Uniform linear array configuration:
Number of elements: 8
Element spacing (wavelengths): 0.5
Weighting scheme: uniform
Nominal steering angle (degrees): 15
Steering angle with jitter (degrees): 14.856
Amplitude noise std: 0.05
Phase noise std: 0.05

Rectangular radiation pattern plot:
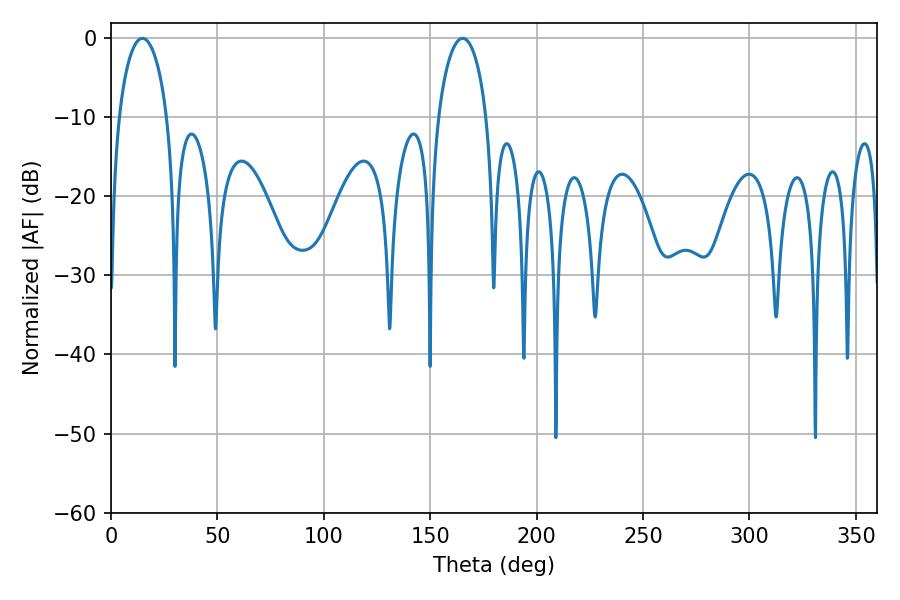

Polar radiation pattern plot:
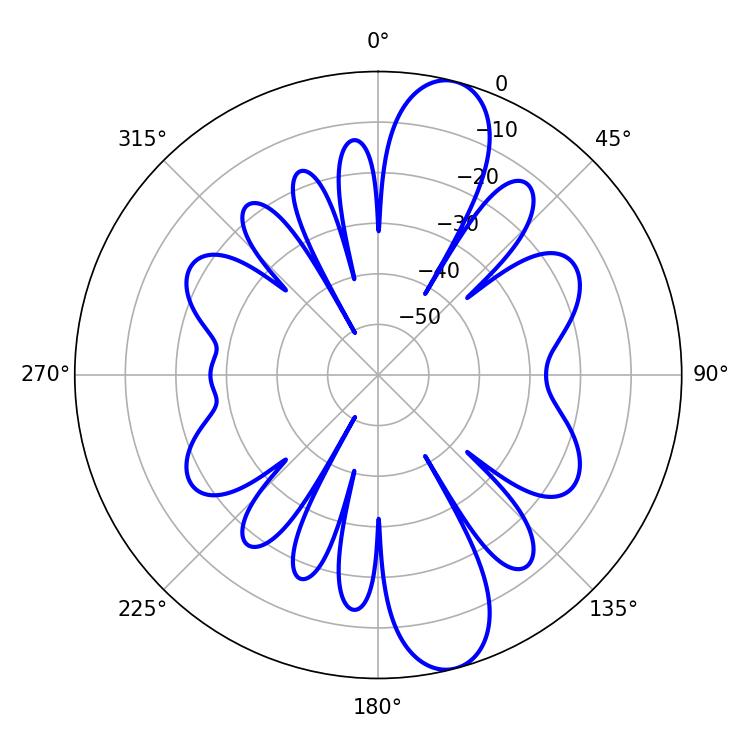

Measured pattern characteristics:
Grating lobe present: FALSE
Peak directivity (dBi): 11.815
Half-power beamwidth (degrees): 13.14
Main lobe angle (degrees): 14.76